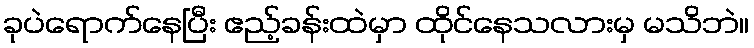
ခုပဲရောက်နေပြီး ဧည့်ခန်းထဲမှာ ထိုင်နေသလားမှ မသိဘဲ။